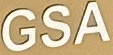
GSA